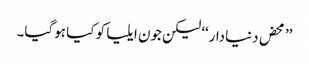
’’محض دنیادار‘‘ لیکن جون ایلیا کو کیا ہوگیا۔